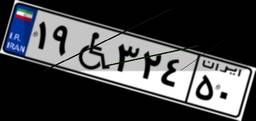
۳۱W۷۸۸۷۰